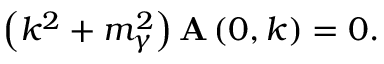
\left( k ^ { 2 } + m _ { \gamma } ^ { 2 } \right) { \bf A } \left( 0 , k \right) = 0 .